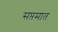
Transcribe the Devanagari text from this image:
सप्तमात